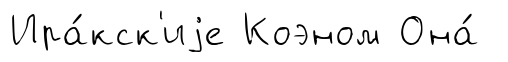
Ира́кск'иjе Коэном Она́